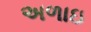
અળાઇ